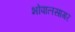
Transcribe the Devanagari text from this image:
भोपालसागर